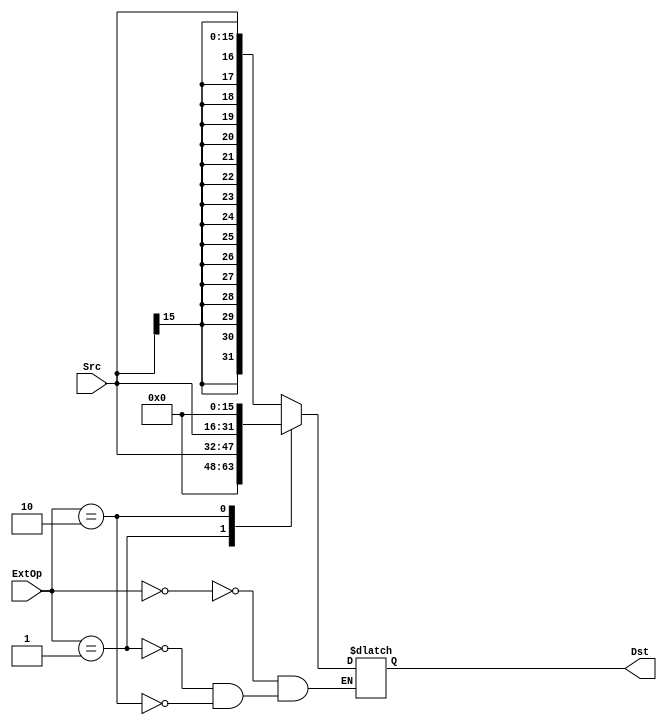
`timescale 1ns / 1ps
//////////////////////////////////////////////////////////////////////////////////
// Company: 
// Engineer: 
// 
// Design Name: 
// Module Name:    Ext 
// Project Name: 
// Target Devices: 
// Tool versions: 
// Description: 
//
// Dependencies: 
//
// Revision: 
// Revision 0.01 - File Created
// Additional Comments: 
//
//////////////////////////////////////////////////////////////////////////////////
module Ext(
	input [15:0] Src,
	input [1:0] ExtOp,
	output reg [31:0] Dst
    );
	
	always @(*) begin
		case (ExtOp)
			0: Dst = $signed(Src);
			1: Dst = Src;
			2: Dst = {Src, 16'h0000};
		endcase	
	end
	
endmodule